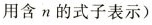
用含n的式子表示)